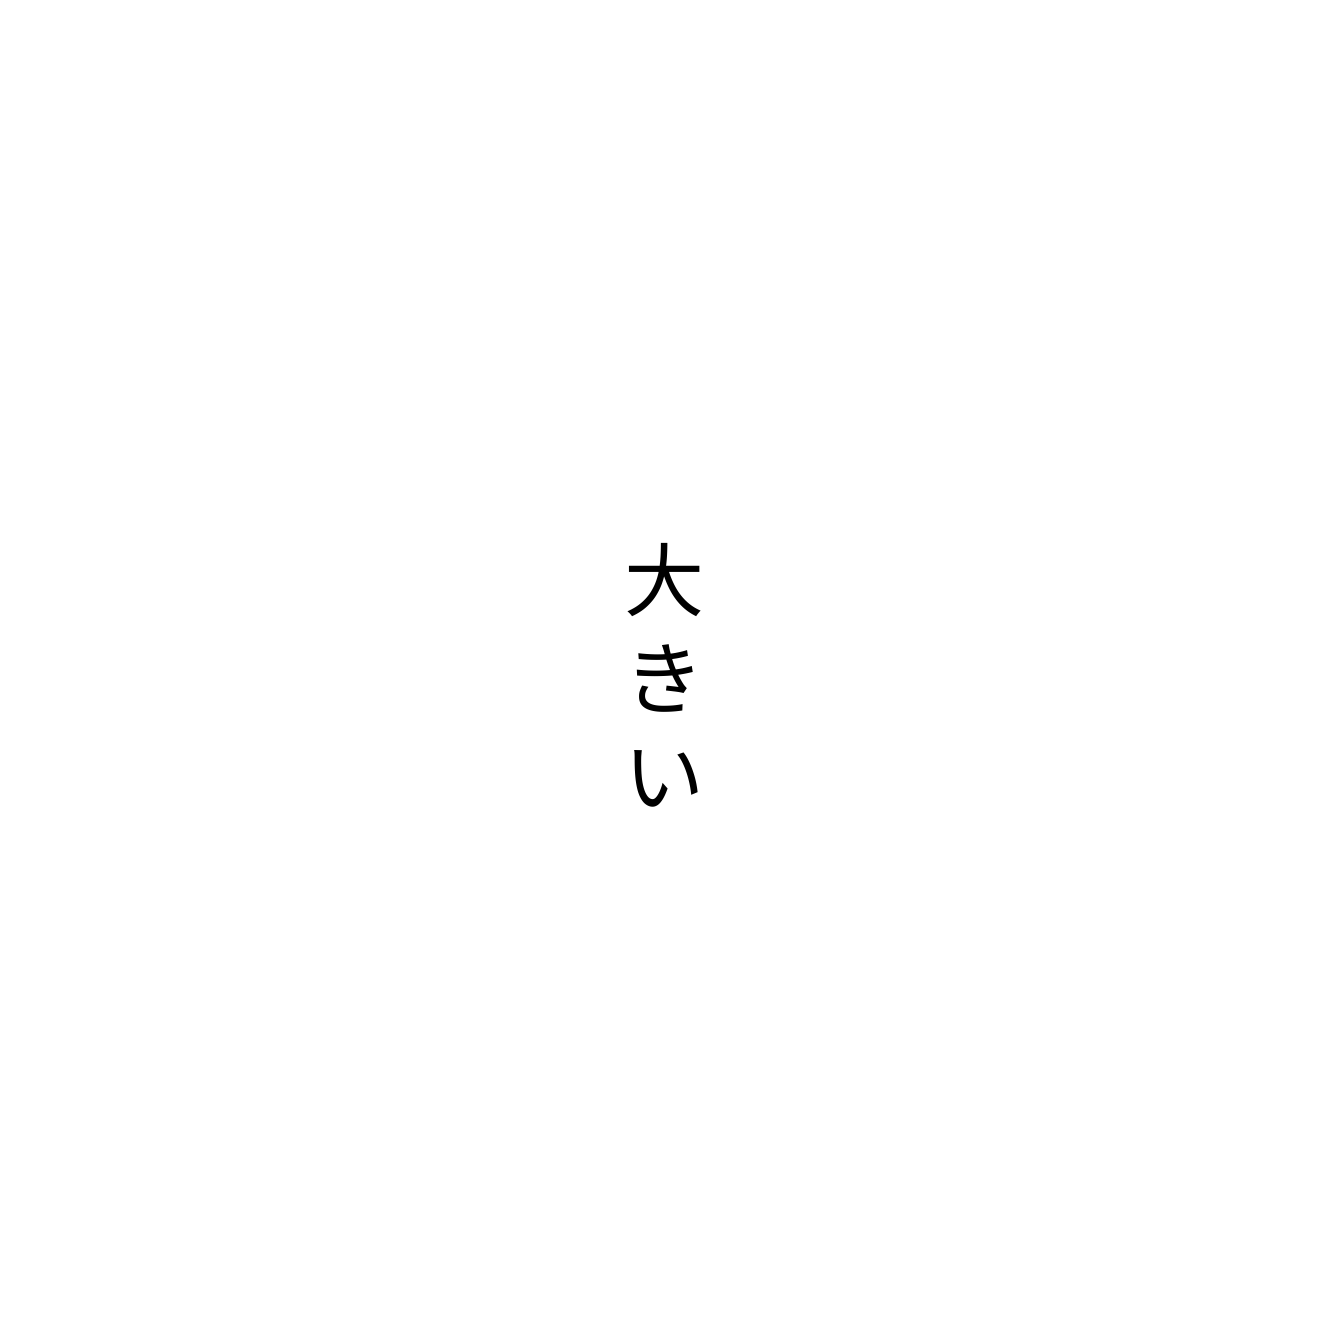
大きい